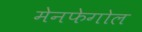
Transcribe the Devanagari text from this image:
मेनफेगोल